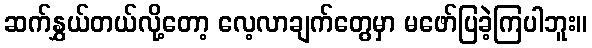
ဆက်နွှယ်တယ်လို့တော့ လေ့လာချက်တွေမှာ မဖော်ပြခဲ့ကြပါဘူး။